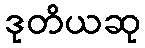
ဒုတိယဆု